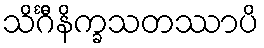
သိင်္ဂီနိက္ခသတဿာပိ